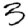
Digit: 3